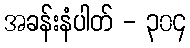
အခန်းနံပါတ် - ၃၀၄